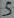
Text: S